Annual report of the Punjab Veterinary College and of the Civil Veterinary Department, Punjab - 1920-1925
Year: 1920
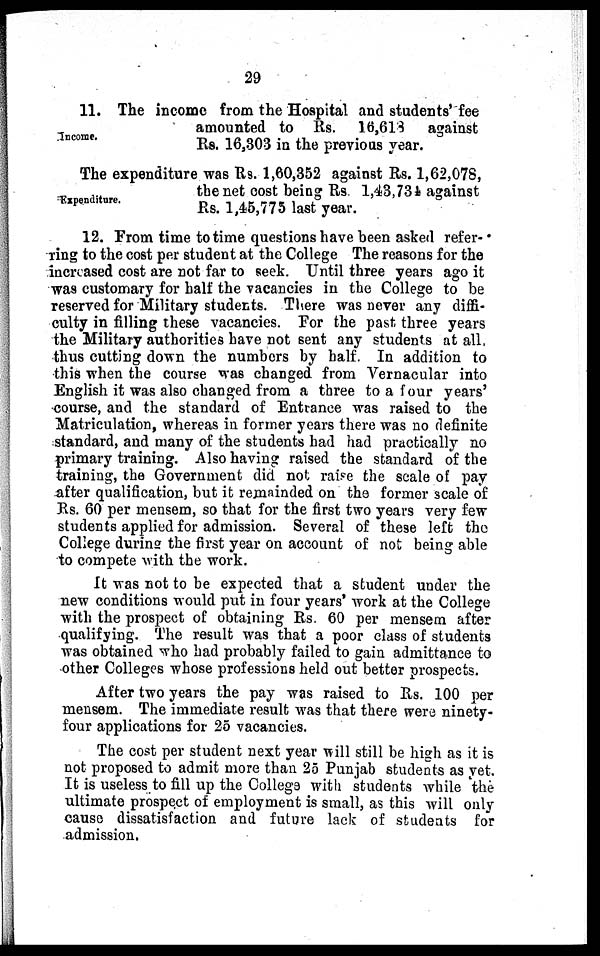
29
Income.
11. The income from the Hospital and students' fee
amounted to Rs. 16,613
against
Rs. 16,303 in the previous year.
Expenditure.
The expenditure was Rs. 1,60,352 against Rs. 1,62,078,
the net cost being Rs. 1,43,734 against
Rs. 1,45,775 last year.
12. From time to time questions have been asked refer-
ring to the cost per student at the College The reasons for the
increased cost are not far to seek. Until three years ago it
was customary for half the vacancies in the College to be
reserved for Military students. There was never any diffi-
culty in filling these vacancies. For the past three years
the Military authorities have not sent any students at all,
thus cutting down the numbers by half. In addition to
this when the course was changed from Vernacular into
English it was also changed from a three to a four years'
course, and the standard of Entrance was raised to the
Matriculation, whereas in former years there was no definite
standard, and many of the students had had practically no
primary training. Also having raised the standard of the
training, the Government did not raise the scale of pay
after qualification, but it remainded on the former scale of
Rs. 60 per mensem, so that for the first two years very few
students applied for admission. Several of these left the
College during the first year on account of not being able
to compete with the work.
It was not to be expected that a student under the
new conditions would put in four years' work at the College
with the prospect of obtaining Rs. 60 per mensem after
qualifying. The result was that a poor class of students
was obtained who had probably failed to gain admittance to
other Colleges whose professions held out better prospects.
After two years the pay was raised to Rs. 100 per
mensem. The immediate result was that there were ninety-
four applications for 25 vacancies.
The cost per student next year will still be high as it is
not proposed to admit more than 25 Punjab students as yet.
It is useless to fill up the College with students while the
ultimate prospect of employment is small, as this will only
cause dissatisfaction and future lack of students for
admission,